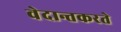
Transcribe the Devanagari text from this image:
वेदान्तकरते